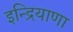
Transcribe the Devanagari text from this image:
इन्द्रियाणा